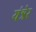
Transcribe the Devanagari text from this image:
यंत्रेर